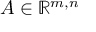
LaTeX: A \in \mathbb { R } ^ { m , n }